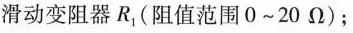
滑动变阻器R_{1}(阻值范围0~20\Omega)；